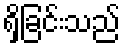
ရှိခြင်းသည်